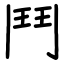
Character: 鬥